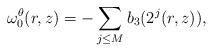
LaTeX: \begin{align*}\omega_0^{\theta}(r,z) = -\sum_{j\le M} b_3(2^j(r,z)),\end{align*}